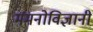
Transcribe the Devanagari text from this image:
ममनोविज्ञानी